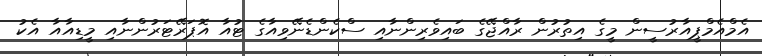
އެމްއެމްޕީއާރުސީން މީގެ އިތުރުން ރާއްޖޭގެ ބައިވެރިންނާއި ސްކެންޑެނޭވިއާގެ ޓުއާ އޮޕަރޭޓަރުންނާއި މީޑިއާއާ އެކު